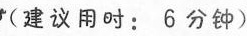
(建议用时:6分钟)